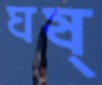
ঘষ্‌